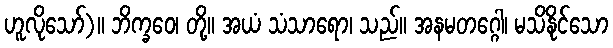
ဟူလိုသော်)။ ဘိက္ခဝေ၊ တို့။ အယံ သံသာရော၊ သည်။ အနမတဂ္ဂေါ၊ မသိနိုင်သော